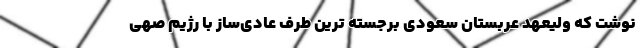
نوشت که ولیعهد عربستان سعودی برجسته ترین طرف عادی‌ساز با رژیم صهی